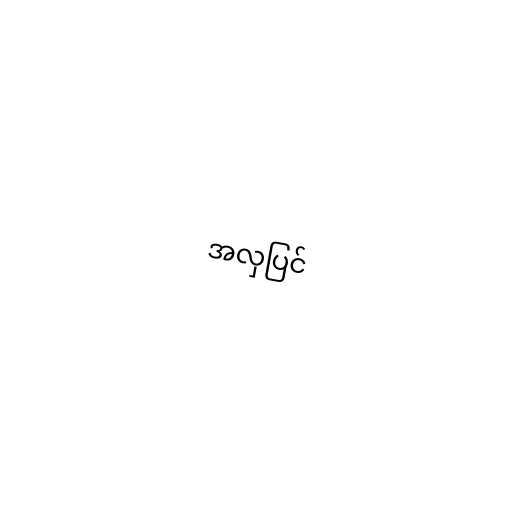
အလှပြင်